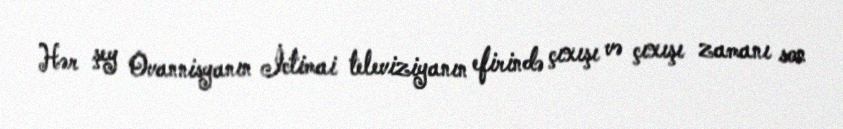
Hər şey Ovannisyanın İctimai televiziyanın efirində çıxışı və çıxışı zamanı son